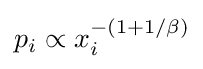
p_{i}\propto x_{i}^{-(1+1/\beta )}